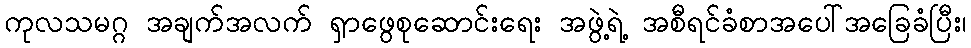
ကုလသမဂ္ဂ အချက်အလက် ရှာဖွေစုဆောင်းရေး အဖွဲ့ရဲ့ အစီရင်ခံစာအပေါ်အခြေခံပြီး၊